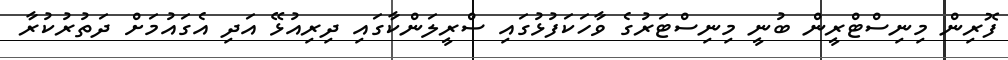
ފޮރިން މިނިސްޓްރީން ބުނީ މިނިސްޓަރުގެ ވާހަކަފުޅުގައި ސްރީލަންކާގައި ދިރިއުޅޭ އަދި އެގައުމަށް ދަތުރުކުރާ